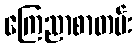
ကြေညာစာတမ်း